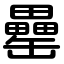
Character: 罍